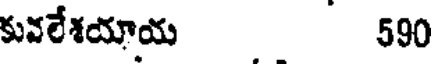
కువలేశయాయ 590